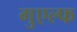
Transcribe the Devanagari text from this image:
गुएल्फ